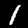
Label: 1